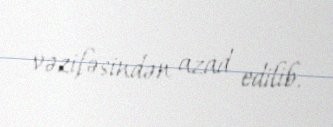
vəzifəsindən azad edilib.